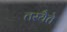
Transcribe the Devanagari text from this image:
तस्यैते